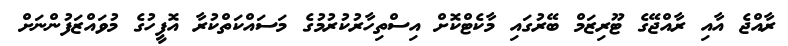
ރާއްޖެ އާއި ރާއްޖޭގެ ޓޫރިޒަމް ބޭރުގައި މާކެޓްކޮށް އިސްތިހާރުކުރުމުގެ މަސައްކަތްކުރާ އޮފީހުގެ މުވައްޒަފުންނަަށް